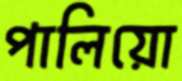
পালিয়ো